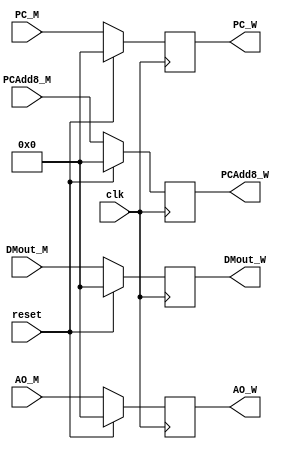
`timescale 1ns / 1ps
//////////////////////////////////////////////////////////////////////////////////
// Company: 
// Engineer: 
// 
// Design Name: 
// Module Name:    WriteBack 
// Project Name: 
// Target Devices: 
// Tool versions: 
// Description: 
//
// Dependencies: 
//
// Revision: 
// Revision 0.01 - File Created
// Additional Comments: 
//
//////////////////////////////////////////////////////////////////////////////////
module WriteBack(
    input clk,
    input reset,
    input [31:0] DMout_M,
    input [31:0] AO_M,
    input [31:0] PC_M,
	input [31:0] PCAdd8_M,
    output [31:0] DMout_W,
    output [31:0] AO_W,
    output [31:0] PC_W,
	output [31:0] PCAdd8_W
    );
	reg[31:0] dmout, ao, pc, pcadd8;
	assign DMout_W = dmout;
	assign AO_W = ao;
	assign PC_W = pc;
	assign PCAdd8_W = pcadd8;
	initial begin
		dmout <= 0;
		ao <= 0;
		pc <= 0;
		pcadd8 <= 0;
	end
	always @(posedge clk) begin
		if(reset) begin
			dmout <= 0;
			ao <= 0;
			pc <= 0;
			pcadd8 <= 0;
		end
		else if(reset == 0) begin
			dmout <= DMout_M;
			ao <= AO_M;
			pc <= PC_M;
			pcadd8 <= PCAdd8_M;
		end
	end


endmodule